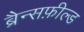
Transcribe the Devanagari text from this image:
ब्रैन्सफ़ील्ड